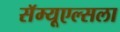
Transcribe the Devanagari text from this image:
सॅम्यूएल्सला